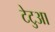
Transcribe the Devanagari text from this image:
टेटुआ